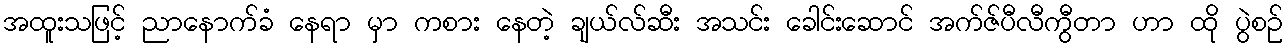
အထူးသဖြင့် ညာနောက်ခံ နေရာ မှာ ကစား နေတဲ့ ချယ်လ်ဆီး အသင်း ခေါင်းဆောင် အက်ဇ်ပီလီကွီတာ ဟာ ထို ပွဲစဉ်